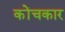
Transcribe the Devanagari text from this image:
कोंचकार